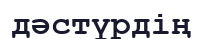
дәстүрдің